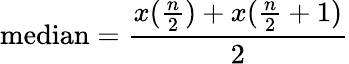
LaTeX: \mathrm{median}={\frac{x{({\frac{n}{2}})}+x{({\frac{n}{2}}+1)}}{2}}